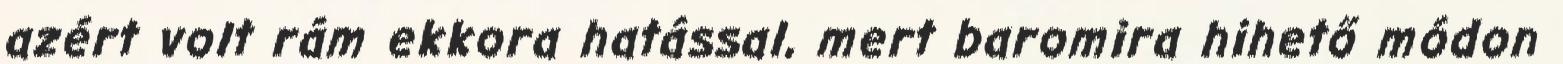
azért volt rám ekkora hatással, mert baromira hihető módon